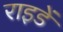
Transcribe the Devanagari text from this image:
राइडें